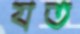
যত